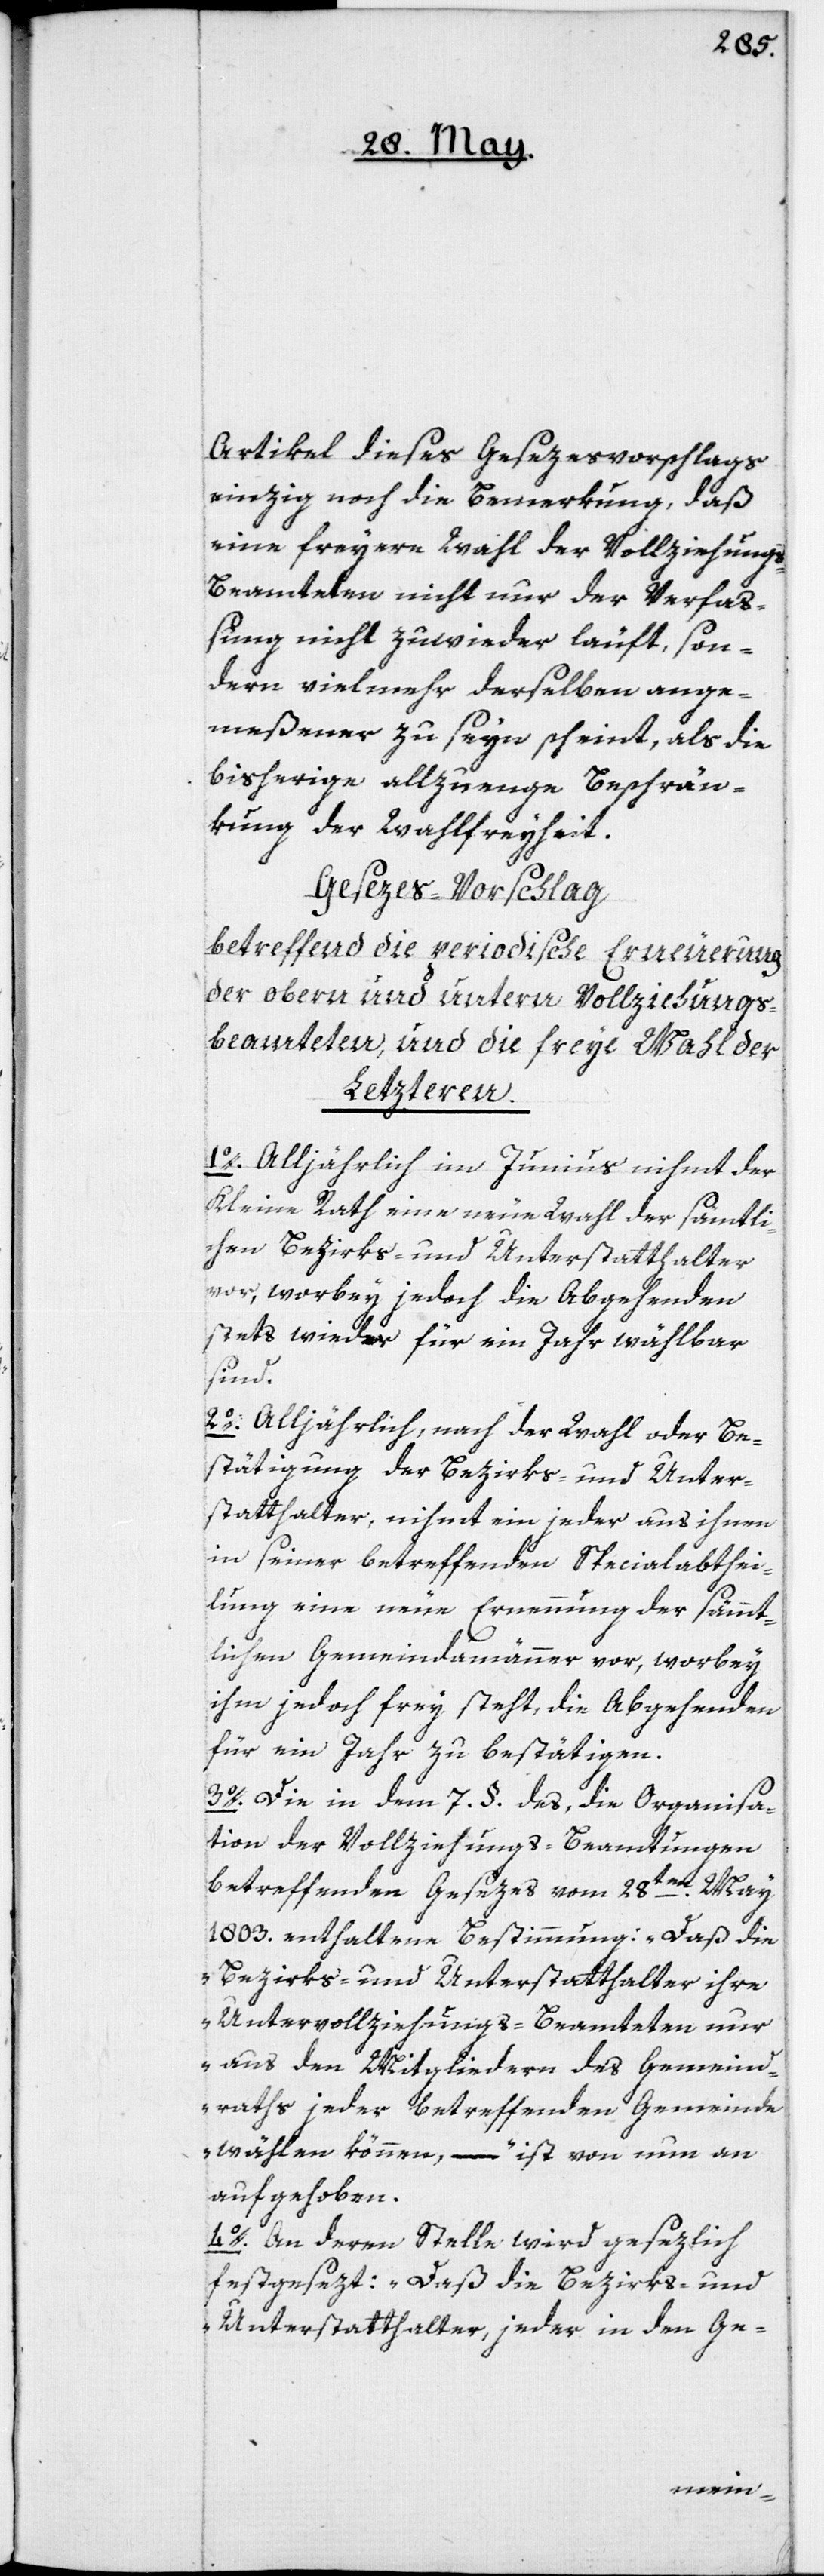
Artikel dieses Gesezesvorschlags
einzig noch die Bemerkung, daß
eine freyere Wahl der Vollziehung¬
s-Beamteten nicht nur der Verfa¬
ßung nicht zuwieder läuft, son¬
dern vielmehr derselben ange¬
meßener zu seyn scheint, als die
bisherige allzu enge Beschrän¬
kung der Wahlfreyheit.
Gesezes-Vorschlag
betreffend die periodische Erneuerung
der obern und untern Vollziehung¬
s-Beamteten, und die freye Wahl der
Letzteren.
1o. Alljährlich im Junius nimmt der
Kleine Rath eine neue Wahl der sämtli¬
chen Bezirks- und Unterstatthalter
vor, worbey jedoch die Abgehenden
stets wieder für ein Jahr wählbar
sind.
2o. Alljährlich, nach der Wahl oder Be¬
stätigung der Bezirks- und Unter¬
statthalter, nihmt ein jeder aus ihnen
in seiner betreffenden Specialabthei¬
lung eine neue Ernennung der sämmt¬
lichen Gemeindamänner vor, worbey
ihm jedoch frey steht, die Abgehenden
für ein Jahr zu bestätigen.
3o. Die in dem 7. §. des, die Organisa¬
tion der Vollziehungs-Beamtungen
betreffenden Gesezes vom 28ten May
1803. enthaltene Bestimmung: „Daß die
Bezirks- und Unterstatthalter ihre
Untervollziehungs-Beamteten nur
aus den Mitgliedern des Gemeind¬
raths jeder betreffenden Gemeinde
wählen können“, – ist von nun an
aufgehoben.
4o. An deren Stelle wird gesezlich
festgesezt: „Daß die Bezirks- und
Unterstatthalter, jeder in den Ge-